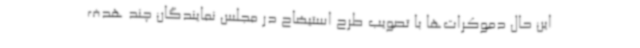
این حال دموکرات‌ها با تصویب طرح استیضاح در مجلس نمایندگان چند هدف